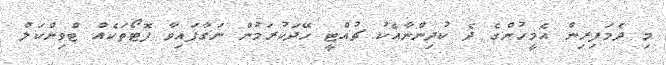
މި ދެމަފިރިން އެމީހުންގެ ދެ ކުދިންނާއެކު ޗުއްޓީ ހޭދަކުރަމުން ނަގާފައިވާ ފޮޓޯތަކެއް ޓްވިންކަލް